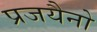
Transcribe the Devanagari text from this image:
प्रजयैनो